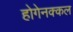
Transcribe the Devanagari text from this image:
होगेनक्कल